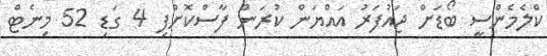
ކްލެމެންސީ ބޯޑަށް ޖައުފަރު އައްޔަން ކުރަން ފާސްކޮށްފި 4 ގަޑި 52 މިނެޓް